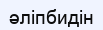
әліпбидін